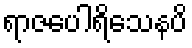
ရာဇပေါရိသေနပိ